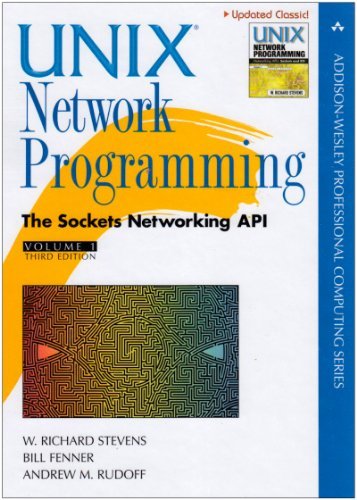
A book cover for Unix Network Programming, Volume 1: The Sockets Networking API (3rd Edition); W. Richard Stevens; Computers & Technology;